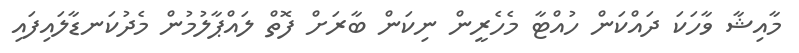
މާއިޝާ ވާހަކަ ދައްކަން ހުއްޓާ މެހެރީން ނިކަން ބާރަށް ފޮތް ލައްޕާލުމުން މެދުކަނޑާލައިފައި